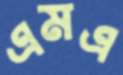
এমএ